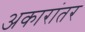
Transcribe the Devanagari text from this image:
अकारांतर